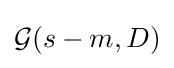
{\mathcal {G}}(s-m,D)